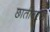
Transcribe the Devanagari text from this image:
छातीवरचा